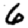
Digit: 6